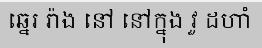
ឆ្នេរ រ៉ាង នៅ នៅក្នុង វួ ដហាំ